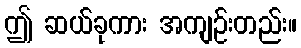
ဤ ဆယ်ခုကား အကျဉ်းတည်း။